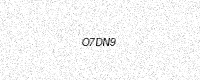
Text: O7DN9